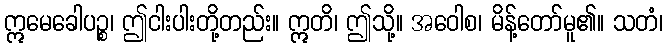
ဣမေခေါပဉ္စ၊ ဤငါးပါးတို့တည်း။ ဣတိ၊ ဤသို့။ အဝေါစ၊ မိန့်တော်မူ၏။ သတံ၊